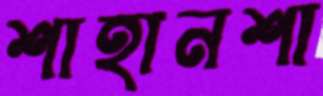
শাহানশা